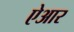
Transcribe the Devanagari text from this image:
ऐआर